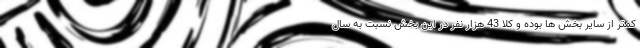
کمتر از سایر بخش ها بوده و کلاً 43 هزار نفر در این بخش نسبت به سال